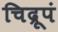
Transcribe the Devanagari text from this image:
चिद्रूपं